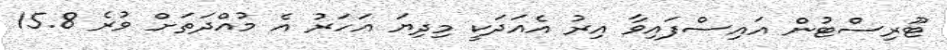
ޓޫރިސްޓުން އައިސްފައިވާ އިރު އެއަދަކީ މިދިޔަ އަހަރު އެ މުއްދަތަށް ވުރެ 15.8